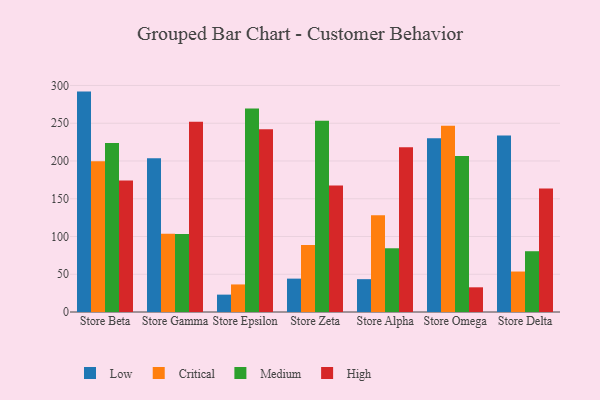
{"axis": {"x": "Store", "y": "LTV (USD)"}, "legend": ["Critical", "High", "Low", "Medium"], "data": [{"x": "Store Beta", "y": 291.9, "type": "Low"}, {"x": "Store Beta", "y": 199.8, "type": "Critical"}, {"x": "Store Beta", "y": 223.7, "type": "Medium"}, {"x": "Store Beta", "y": 174.0, "type": "High"}, {"x": "Store Gamma", "y": 203.7, "type": "Low"}, {"x": "Store Gamma", "y": 103.5, "type": "Critical"}, {"x": "Store Gamma", "y": 103.2, "type": "Medium"}, {"x": "Store Gamma", "y": 252.0, "type": "High"}, {"x": "Store Epsilon", "y": 23.0, "type": "Low"}, {"x": "Store Epsilon", "y": 36.5, "type": "Critical"}, {"x": "Store Epsilon", "y": 269.5, "type": "Medium"}, {"x": "Store Epsilon", "y": 241.9, "type": "High"}, {"x": "Store Zeta", "y": 44.2, "type": "Low"}, {"x": "Store Zeta", "y": 88.9, "type": "Critical"}, {"x": "Store Zeta", "y": 253.3, "type": "Medium"}, {"x": "Store Zeta", "y": 167.7, "type": "High"}, {"x": "Store Alpha", "y": 43.5, "type": "Low"}, {"x": "Store Alpha", "y": 128.2, "type": "Critical"}, {"x": "Store Alpha", "y": 84.4, "type": "Medium"}, {"x": "Store Alpha", "y": 218.2, "type": "High"}, {"x": "Store Omega", "y": 230.0, "type": "Low"}, {"x": "Store Omega", "y": 246.7, "type": "Critical"}, {"x": "Store Omega", "y": 206.5, "type": "Medium"}, {"x": "Store Omega", "y": 32.7, "type": "High"}, {"x": "Store Delta", "y": 233.6, "type": "Low"}, {"x": "Store Delta", "y": 53.6, "type": "Critical"}, {"x": "Store Delta", "y": 80.5, "type": "Medium"}, {"x": "Store Delta", "y": 163.6, "type": "High"}]}